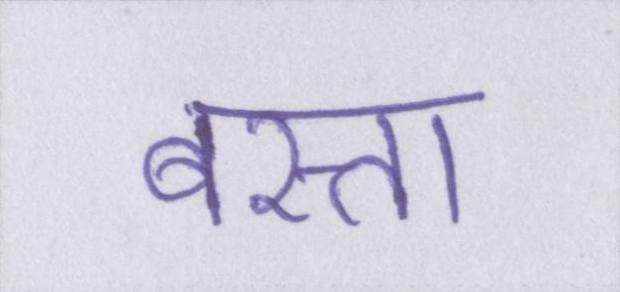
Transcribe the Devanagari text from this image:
बस्ता